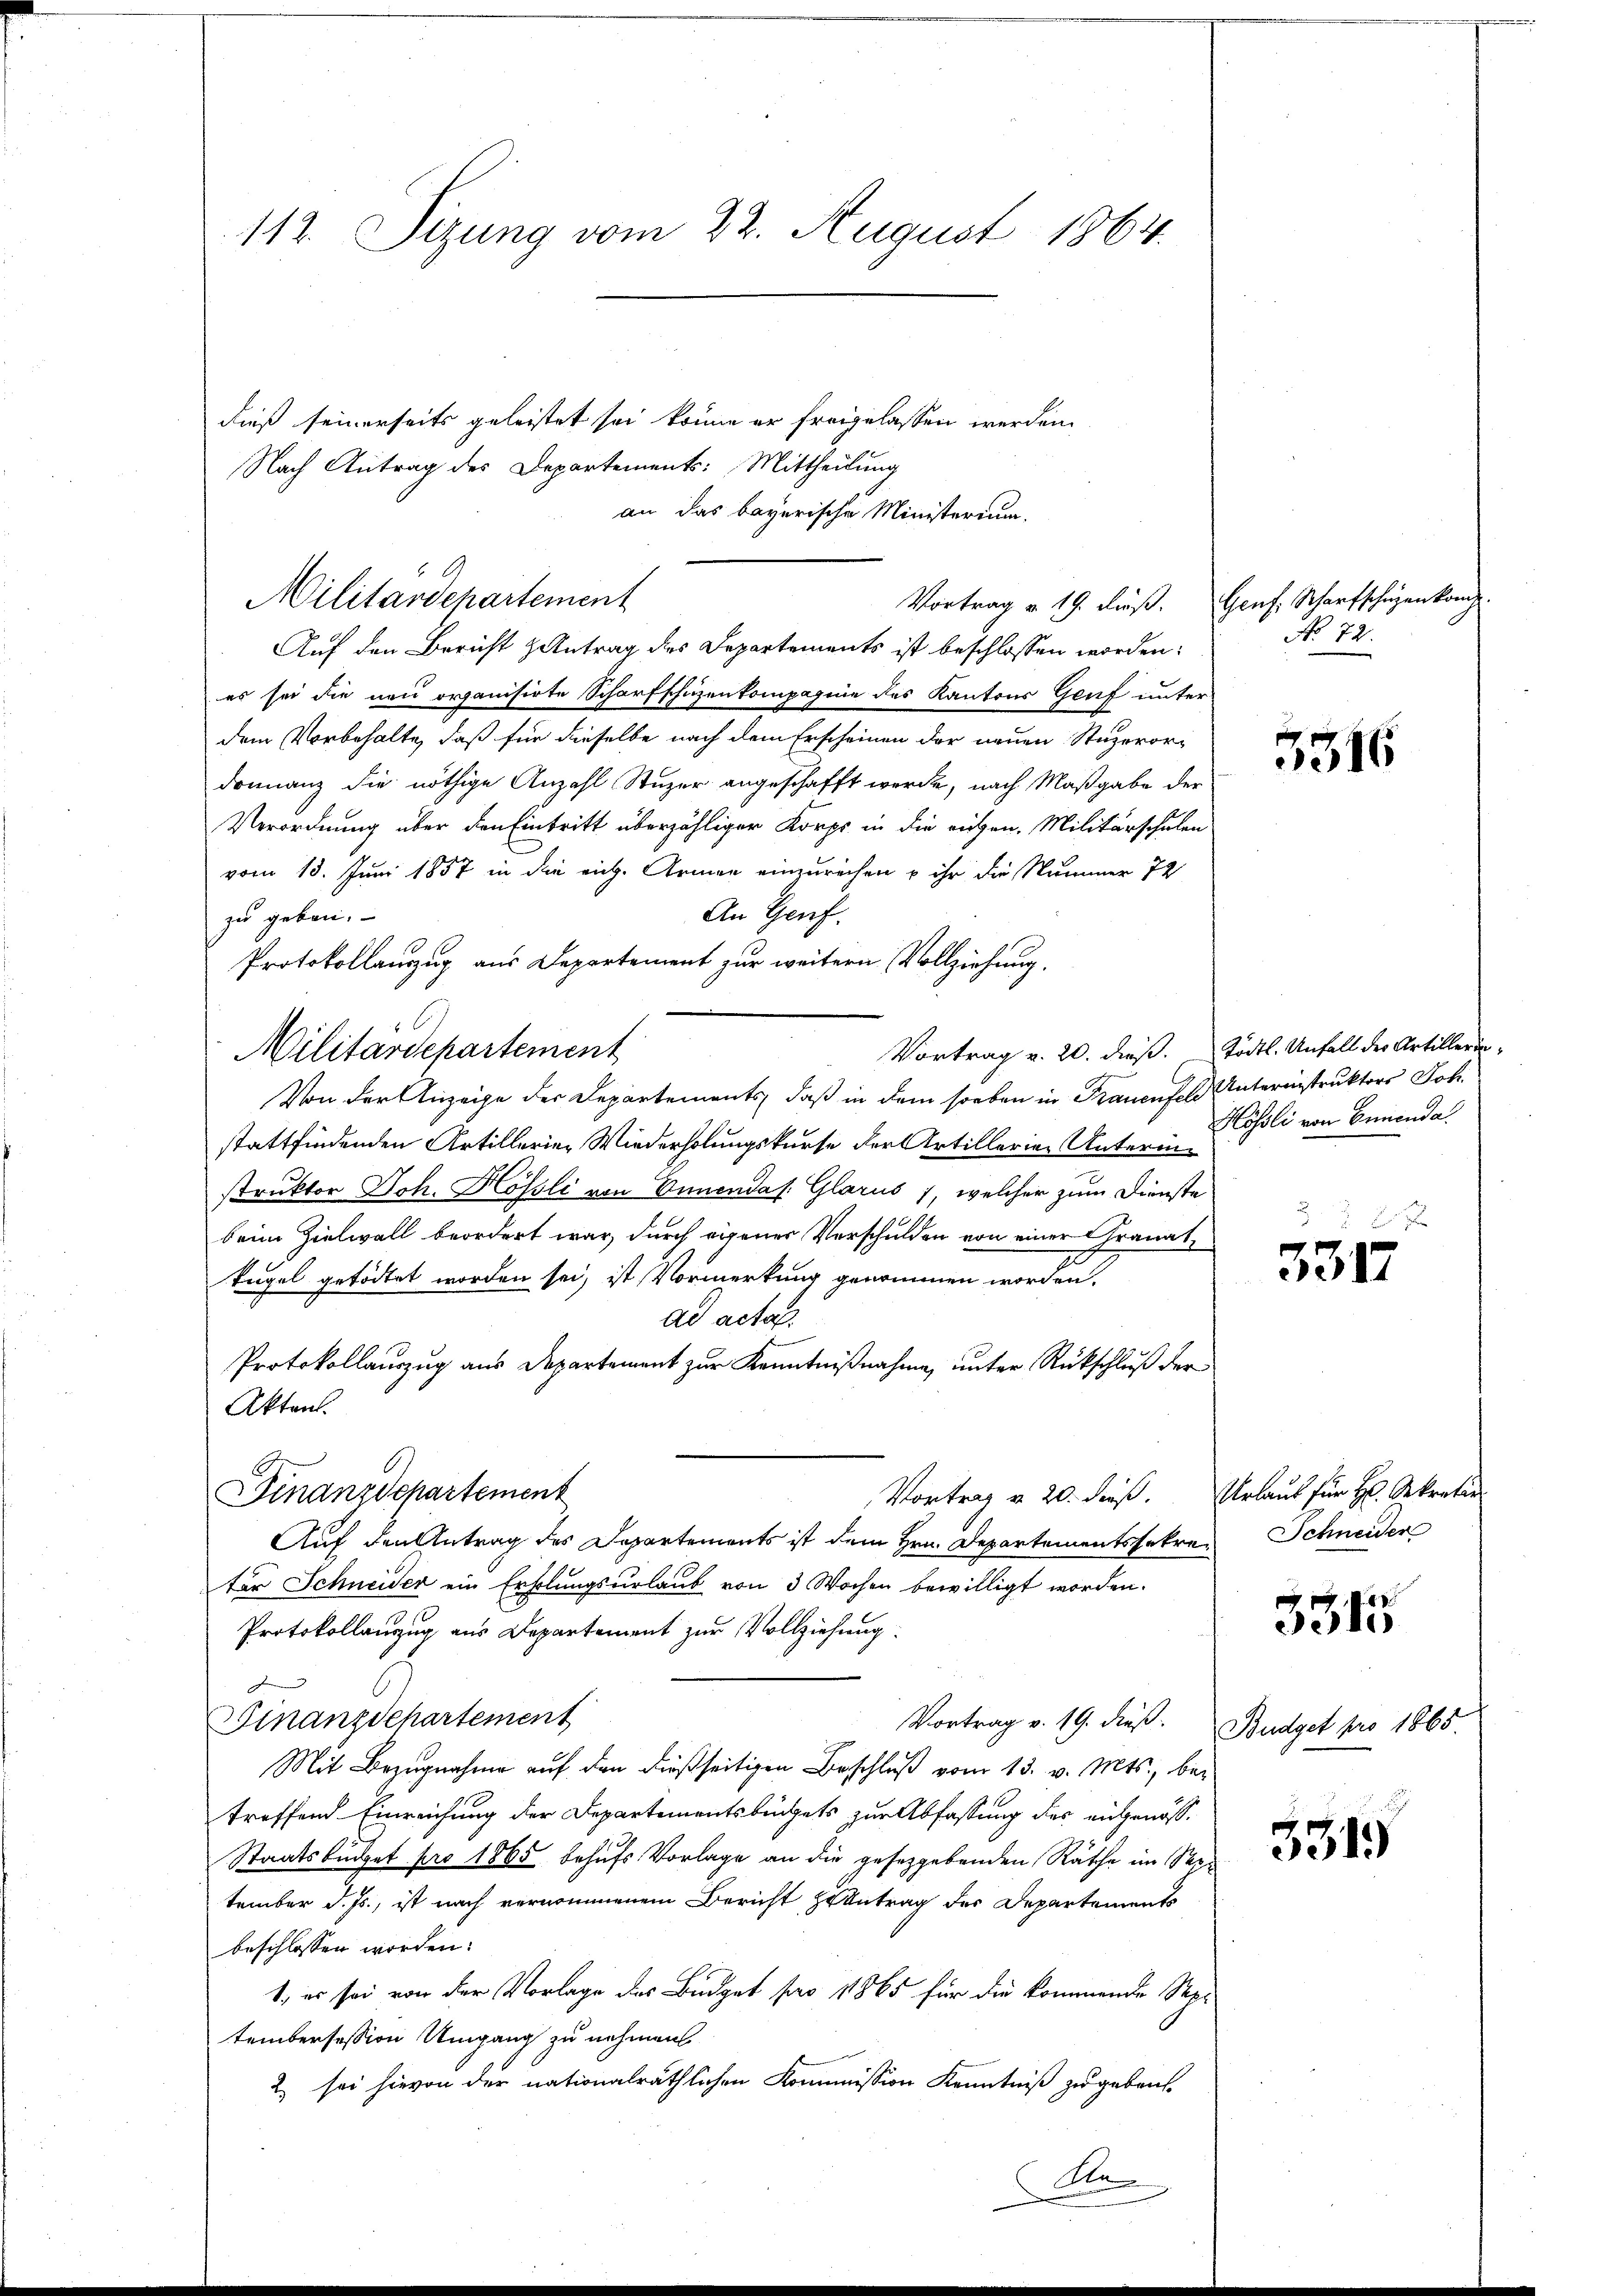
112. Sizung vom 22. August 1864.

dieß seinerseits geleistet sei, könne er freigelassen werden.
Nach Antrag des Departements: Mittheilung
an das bayerische Ministerium.
Auf den Bericht zutrag des Departements ist beschlossen worden.
es sei die neu organisirte Scharfschüzenkompagnie des Kantons Genf unter
dem Vorbehalte, daß für dieselbe nach dem Erscheinen der neuen Stuperordonnanz die nöthige Anzahl Stuzer angeschafft werde, nach Maßgabe der
Verordnung über den Eintritt überzähliger Korps in die eichen, Militärschulen
vom 18. Juni 1857 in die rich. Armen einzurechen u ihr die Nummer 72
An Genf.
zu geben.
Protokollauszug aus Departement zur weitern Vollziehung.
Militärdepartement
Vortrag v. 20. dieß.
Von der Anzeige der Departements, daß in dem soeben in Trauenfeld Unterinstrukters Joh.
stattfindenden Artillerien Wiederholungskurse der Artillerien Unterme
struktor Joh. Hösli von Ennendas Glarus 1, welcher zum Dienste
beim Zielwall beordert war, durch eigener Verschulden von einer Granat
kugel getödtet worden sei, ist Vormerkung genommen worden.
ad acta.
Protokollauszug aus Departement zur Kenntnißnahme, unter Rückschluß der
Akten.
Finanzdepartement
Vortrag v. 20. dieß. Urlaut für H. Sekretir
Auf den Antrag des Departements ist dem Hrn. Departementssekree Schneider
ter Schneider ein Erholungsurlaub von 3 Wochen bewilligt worden.
Protokollanzug aus Departement zur Vollziehung.
Finanzdepartement
Vortrag v. 19. dieß.
Mit Bezugnahme auf den dießseitigen Beschluß vom 13. v. Mts., betreffend Einreichung der Departementsbüdgets zur Abfassung des ausgenös¬
Staatsbuchet pro 1865 behufs Vorlage an die gesetzgebenden Räthe im Seetember d. Js., ist nach vernommenem Bericht zu Antrag der Departements
beschlossen worden.
1., es sei von der Vorlage des Budget pro 1865 für die kommende Septembersession Umgang zu nehmen
2) sei hievon der nationalräthlichen Kommission Kenntniß zu geben.
An

Militärdepartement

Vortrag v. 19. dieß. Genf. Scharfschüzenkamp.
No 72.

5316

Tödtl. Unfall der Artillerin¬
Hösli von Ennenda

3317

301

Budget pro 1865.

5319